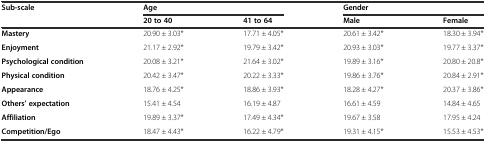
| Sub-scale | <COLSPAN=2> Age | <COLSPAN=2> Gender |
 |  | 20 to 40 | 41 to 64 | Male | Female |
 | --- | --- | --- | --- | --- |
 | Mastery | 20.90 ± 3.03* | 17.71 ± 4.05* | 20.61 ± 3.42* | 18.30 ± 3.94* |
 | Enjoyment | 21.17 ± 2.92* | 19.79 ± 3.42* | 20.93 ± 3.03* | 19.77 ± 3.37* |
 | Psychological condition | 20.08 ± 3.21* | 21.64 ± 3.02* | 19.89 ± 3.16* | 20.80 ± 20.8* |
 | Physical condition | 20.42 ± 3.47* | 20.22 ± 3.33* | 19.86 ± 3.76* | 20.84 ± 2.91* |
 | Appearance | 18.76 ± 4.25* | 18.86 ± 3.93* | 18.28 ± 4.27* | 20.37 ± 3.86* |
 | Others’ expectation | 15.41 ± 4.54 | 16.19 ± 4.87 | 16.61 ± 4.59 | 14.84 ± 4.65 |
 | Affiliation | 19.89 ± 3.37* | 17.49 ± 4.34* | 19.67 ± 3.58 | 17.95 ± 4.24 |
 | Competition/Ego | 18.47 ± 4.43* | 16.22 ± 4.79* | 19.31 ± 4.15* | 15.53 ± 4.53* |